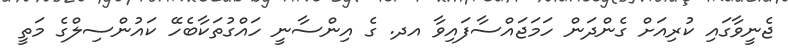
ޖެނީވާގައި ކުރިއަށް ގެންދަން ހަމަޖައްސާފައިވާ އދ. ގެ އިންސާނީ ހައްގުތަކާބެހޭ ކައުންސިލްގެ މަތީ